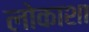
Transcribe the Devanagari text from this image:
लोकाशा